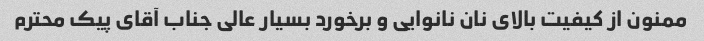
ممنون از کیفیت بالای نان نانوایی و برخورد بسیار عالی جناب آقای پیک محترم